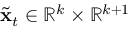
\tilde { \mathbf { x } } _ { t } \in \mathbb { R } ^ { k } \times \mathbb { R } ^ { k + 1 }